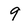
Character: 9